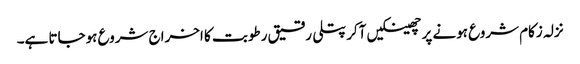
نزلہ زکام شروع ہونے پر چھینکیں آکر پتلی رقیق رطوبت کا اخراج شروع ہوجاتا ہے۔